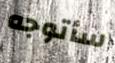
سأتوجه